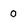
Character: 0